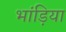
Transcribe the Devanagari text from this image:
भांड़िया